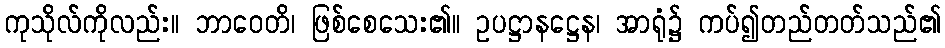
ကုသိုလ်ကိုလည်း။ ဘာဝေတိ၊ ဖြစ်စေသေး၏။ ဥပဋ္ဌာနဋ္ဌေန၊ အာရုံ၌ ကပ်၍တည်တတ်သည်၏